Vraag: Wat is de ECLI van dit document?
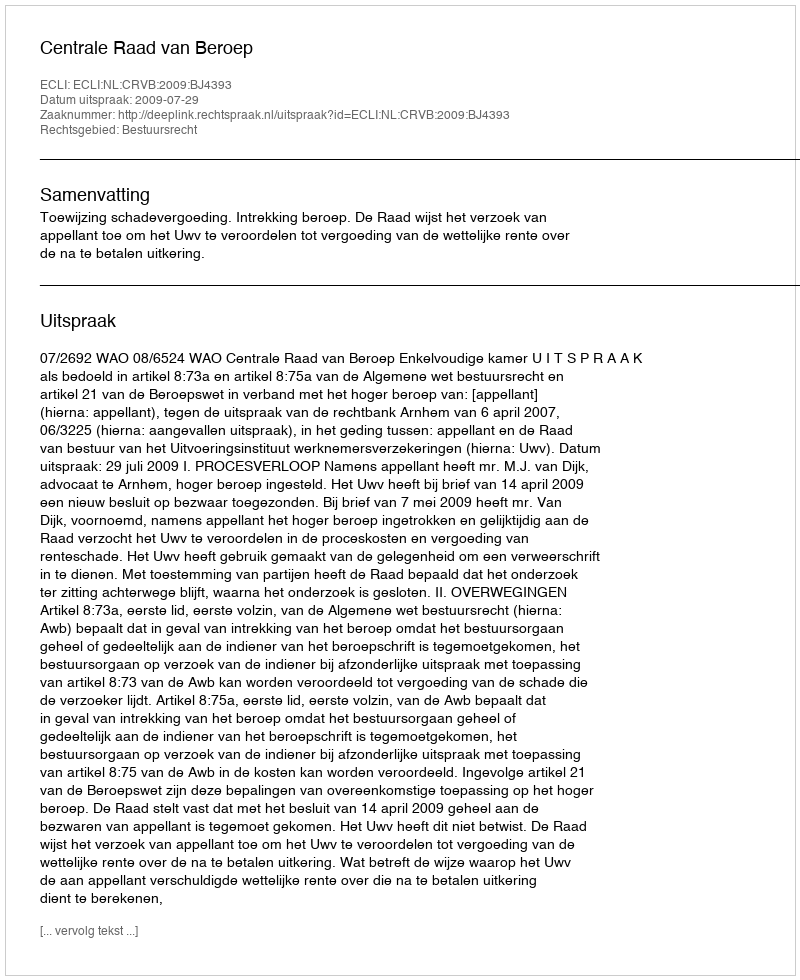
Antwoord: ECLI:NL:CRVB:2009:BJ4393